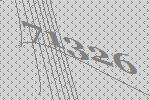
71326